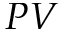
P V